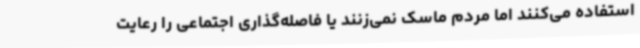
استفاده می‌کنند اما مردم ماسک نمی‌زنند یا فاصله‌گذاری اجتماعی را رعایت